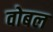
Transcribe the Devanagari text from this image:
वोबल